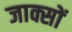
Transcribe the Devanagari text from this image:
जाक्सों